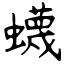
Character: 蠛